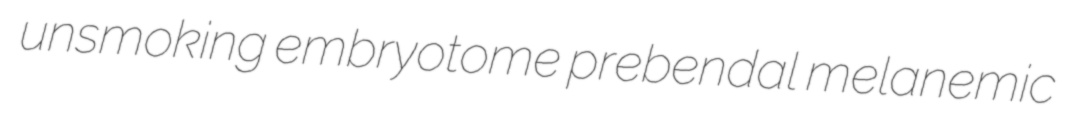
unsmoking embryotome prebendal melanemic